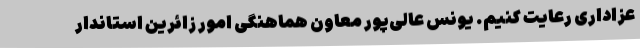
عزاداری رعایت کنیم. یونس عالی‌پور معاون هماهنگی امور زائرین استاندار